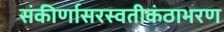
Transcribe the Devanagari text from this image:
संकीर्णासरस्वतीकंठाभरण